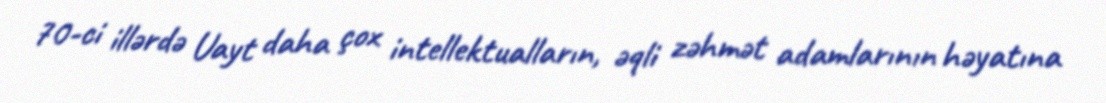
70-ci illərdə Uayt daha çox intellektualların, əqli zəhmət adamlarının həyatına